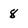
Character: 8